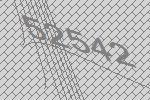
52542